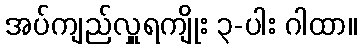
အပ်ကျည်လှူရကျိုး ၃-ပါး ဂါထာ။